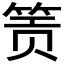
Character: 𬕂